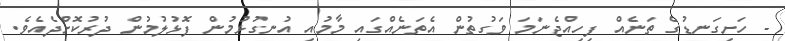
- ހަށިގަނޑުގެ ތަނެއް ފިހިއްޖެނަމަ ވަގުތުން އެތަނެއްގައި މާމުއި އުނގުޅުމުން ފޮޅުލުމުން ދުރުކޮށްދެއެވެ.